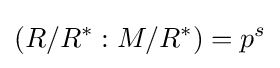
(R/R^{\ast }:M/R^{\ast })=p^{s}